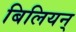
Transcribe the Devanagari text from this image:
बिलियन्